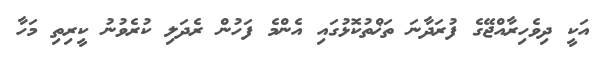
އަކީ ދިވެހިރާއްޖޭގެ ފުރަދާނަ ތަޚްތުކޮޅުގައި އެންމެ ފަހުން ރެދަލި ކުރެވުނު ކީރިތި މަހާ